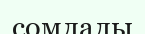
сомлалы